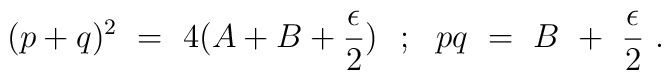
(p+q)^{2}~=~4(A+B+ \frac{\epsilon}{2})~~;~~pq~=~B~+~\frac{\epsilon}{2}~.